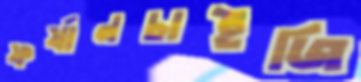
ফর্যানচাইজি